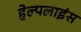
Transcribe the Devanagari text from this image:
हेल्पलाइंस